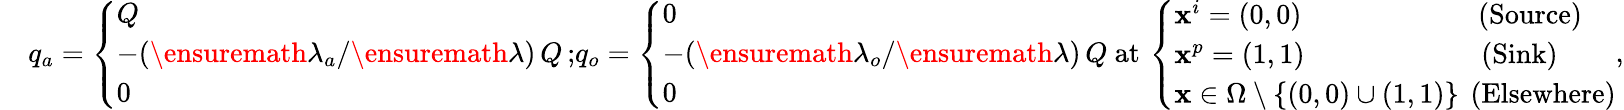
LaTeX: \begin{array}{rl}&{q_{a}=\left\{ \begin{array}{ll}{Q}\\ {-(\ensuremath{\lambda}_{a}/\ensuremath{\lambda})\, Q\, ;}\\ {0}\end{array}\right.q_{o}=\left\{ \begin{array}{ll}{0}\\ {-(\ensuremath{\lambda}_{o}/\ensuremath{\lambda})\, Q}\\ {0}\end{array}\right.\mathrm{~at}\, \left\{ \begin{array}{ll}{{\mathbf x}^{i}=(0,0)\qquad\qquad\qquad\mathrm{~(Source)}}\\ {{\mathbf x}^{p}=(1,1)\qquad\qquad\qquad\mathrm{~(Sink)}}\\ {{\mathbf x}\in\Omega\setminus\{ (0,0)\cup(1,1)\} \, \mathrm{~(Elsewhere)}}\end{array}\right.,}\end{array}